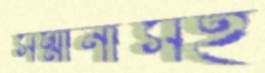
সম্মানীসহ